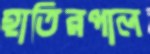
হাতিরপাল